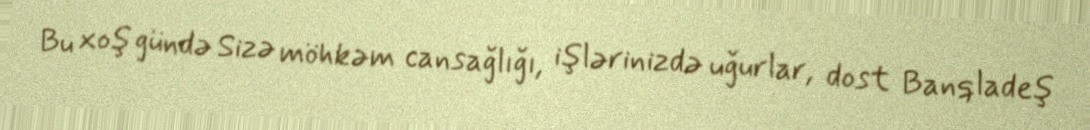
Bu xoş gündə Sizə möhkəm cansağlığı, işlərinizdə uğurlar, dost Banqladeş